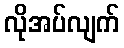
လိုအပ်လျက်